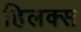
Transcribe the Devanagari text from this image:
हिलक्स